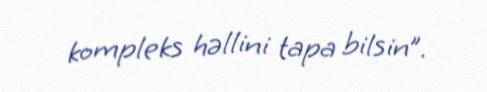
kompleks həllini tapa bilsin”.